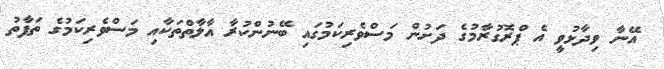
އޭނާ ވިދާޅުވީ އެ ޕްރޮގުރާމުގެ ދަށުން މަސްވެރިކަމުގައި ބޭނުންކުރާ އާލާތްތަކާއި މަސްވެރިކަމުގެ ތަފާތު